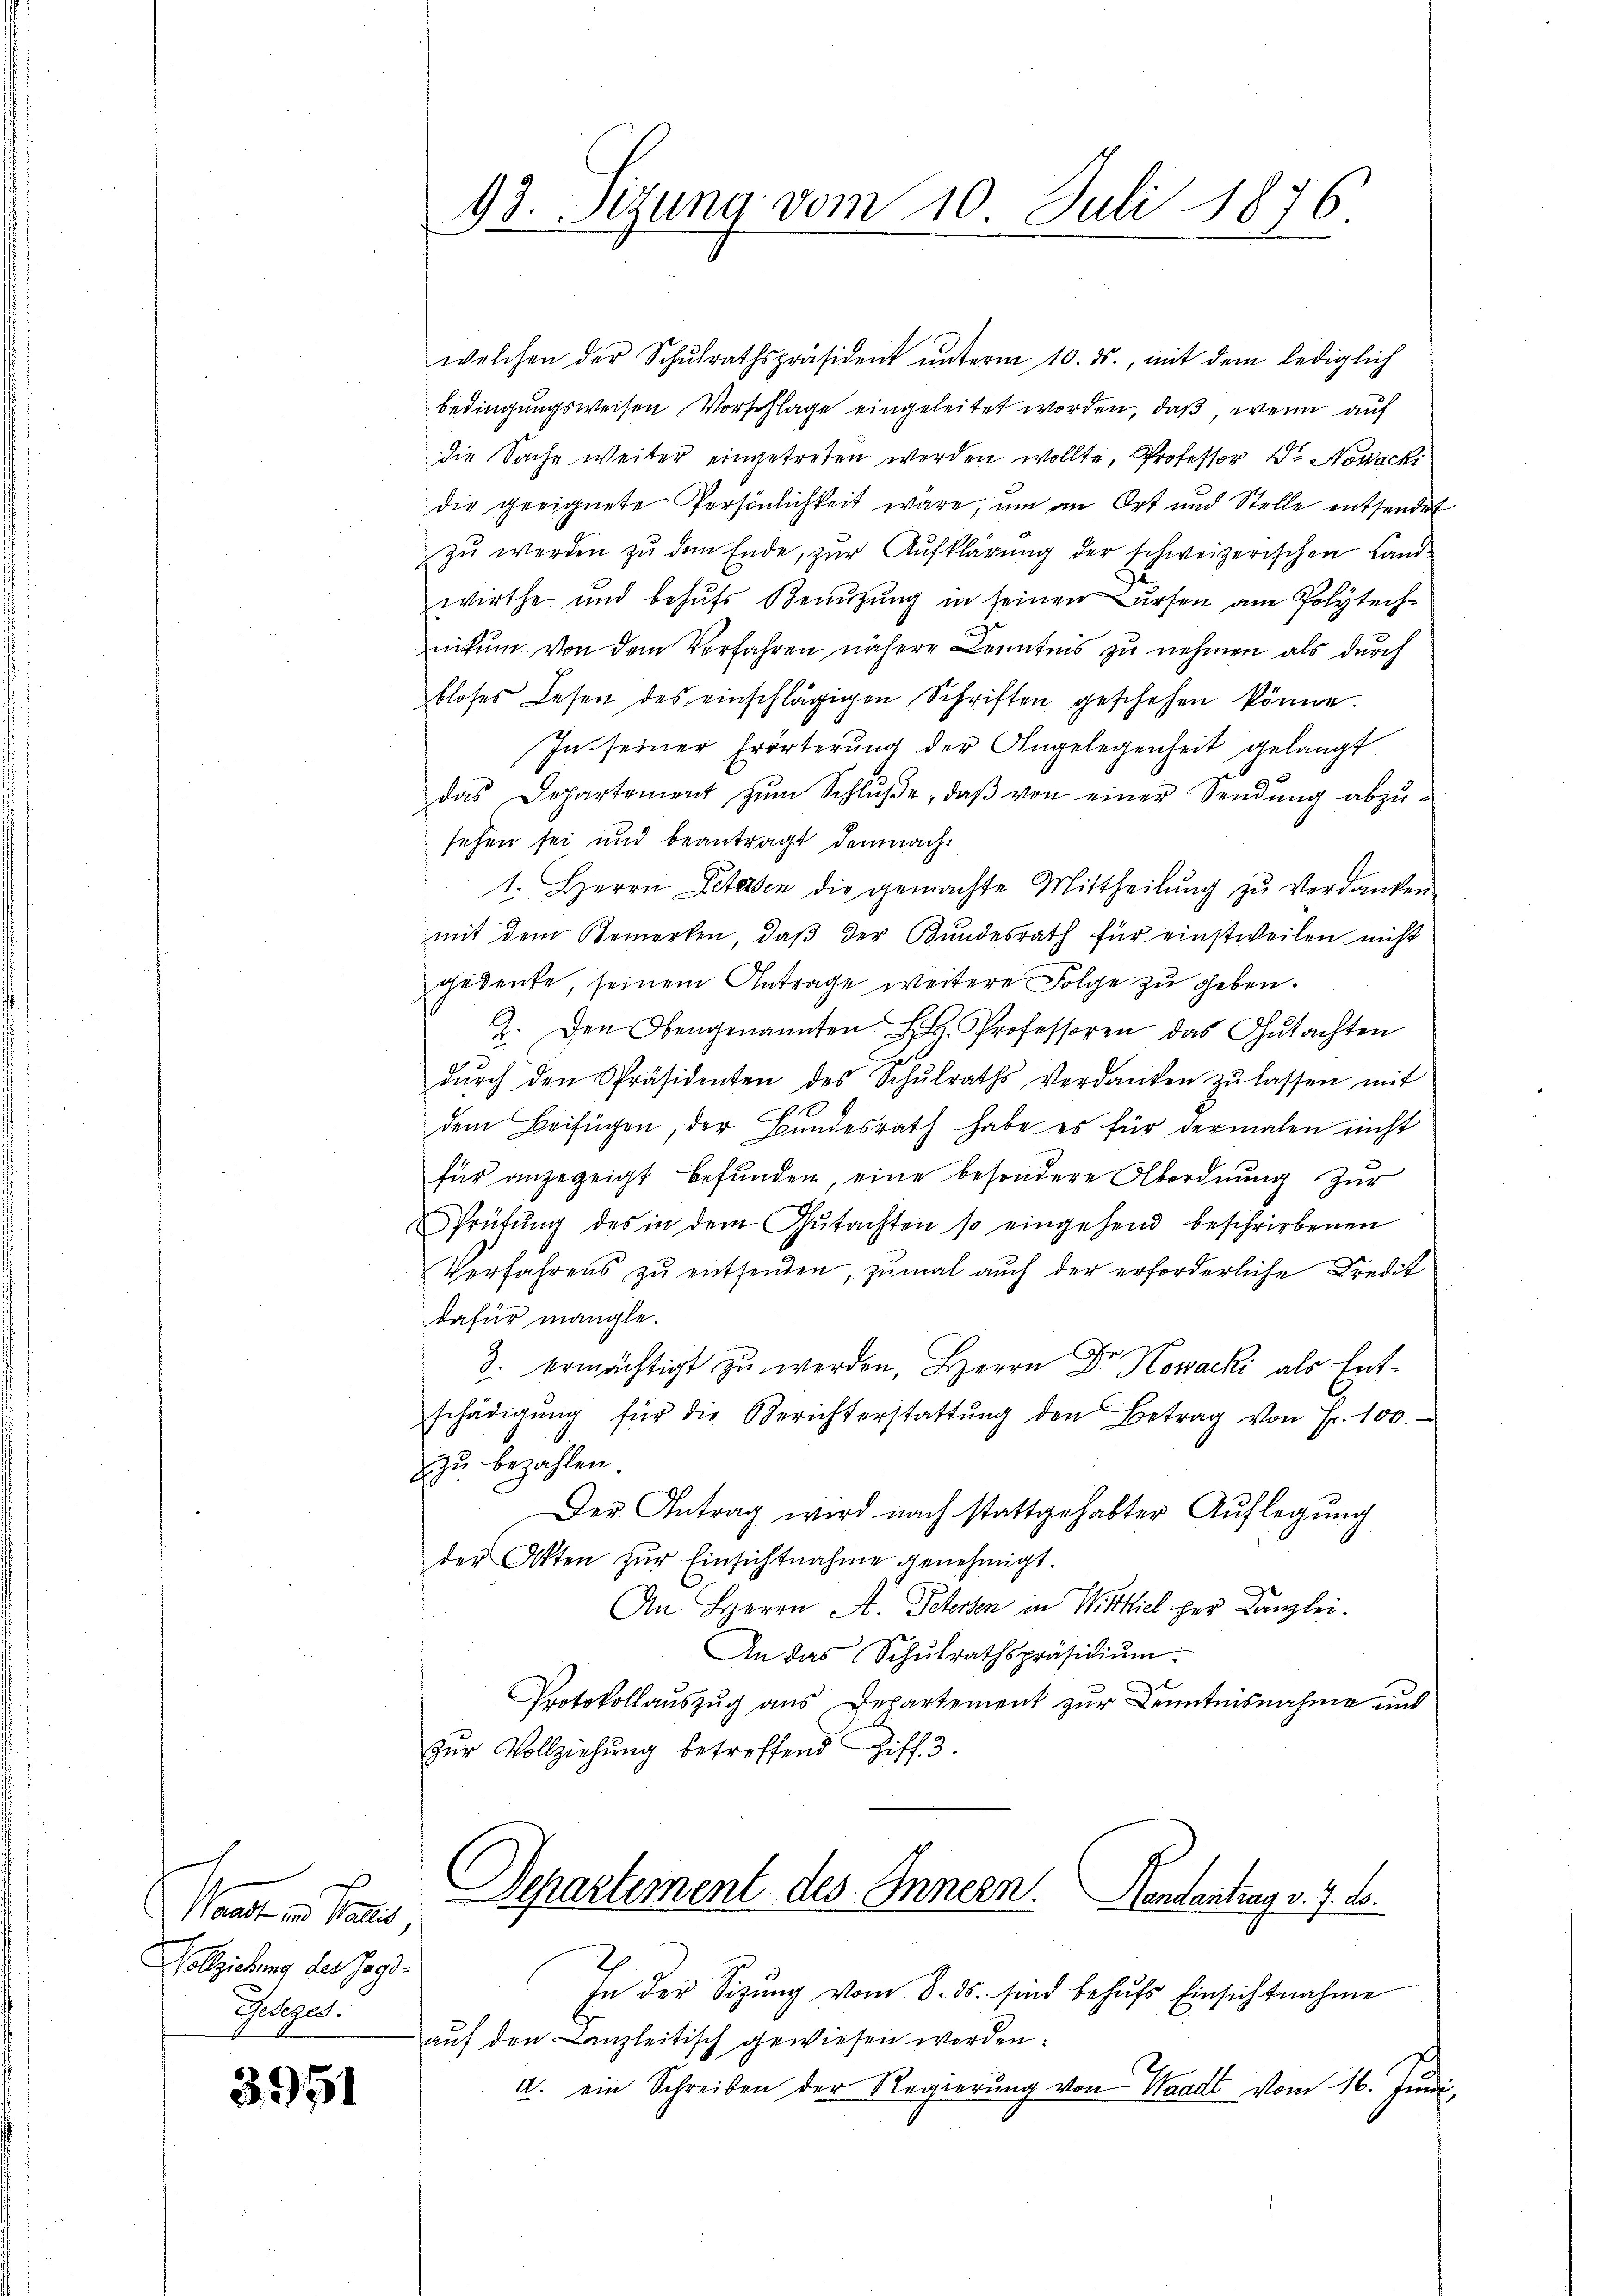
Waadt in Partes,
Vollziehung der Jagd¬
Gesges.

3951

welchen der Schŭlrathspräsident ŭnterm 10. ds., mit dem lediglich
bedingungsweisen Vorschlage eingeleitet worden, daß wenn auf
die Sache weiter eingetreten werden wollte, Professor Dr. Nowacki
die geeignete Persönlichkeit wäre, um an Ort und Stelle entsendet
zŭ werden zŭ dem Ende, zŭr Aŭfklärŭng der schweizerischen Land-
wirthe und behufs Benutzung in seinen ursen am Polytechnikum von dem Verfahren nähere Kenntnis zu nehmen als durch
bloses Lesen des einschlägigen Schriften geschehen könne.
In seiner Erörterung der Angelegenheit gelangt
das Departement zŭm Schlŭβe, daβ von einer Sendŭng abzŭ-
sehen sei und beantragt demnach
1. Herrn Detasen die gemachte Mittheilŭng zŭ verdanken
mit dem Bemerken, daβ der Kundesrath für einstweilen nicht
gedenke, seinem Antrage weitere Folge zu geben.
2. Den Obengenannten L. Professoren das Gutachten
dŭrch den Präsidenten des Schŭlraths Verdanken zŭ lassen mit
dem Beifügen, der Bundesrath habe es für dermalen nicht
für anzuzeigt befunden, eine besondere Abordnŭng zŭr
Prüfŭng des in dem Gŭtachten so eingehend beschriebenen
Verfahrens zŭ entsenden, zŭmal auch der erforderliche Kredit
dafür mangle.
3. ermächtigt zu werden, Herrn Dr. Howacki als Entschädigŭng für die Berichterstattŭng den Betrag von Fr. 100.
zu bezahlen.
Der Antrag wird nach stattgehabter Auflegung
der Akten für Einsichtnahme genehmigt.
An Herrn A. Peterten in Wittiel her Kanzlei.
An das Schŭlrathspräsidiŭm
Protokollauszug aus Departement zur Kenntnisnahme unt
zur Vollziehung betreffend Ziff. 3.

93. Sitzung vom 10. Juli 1876.

Departement des Innern.
Pententrag v. J. M.

In der Sitzung vom 8. ds. sind behufs Einsichtnahme
auf den Canzleitisch gewiesen worden.
a. ein Schreiben der Regierŭng von Waadt vom 16. Juni,